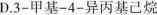
D.3-甲基-4-异丙基己烷